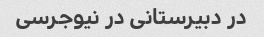
در دبیرستانی در نیوجرسی